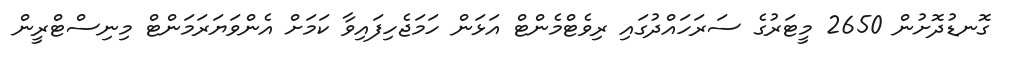
ގޮނޑުދޮށުން 2650 މީޓަރުގެ ސަރަހައްދުގައި ރިވެޓްމެންޓް އަޅަން ހަމަޖެހިފައިވާ ކަމަށް އެންވަޔަރަމަންޓް މިނިސްޓްރީން